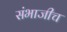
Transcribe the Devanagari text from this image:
संभाजीच